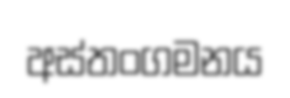
අස්තංගමනය